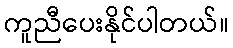
ကူညီပေးနိုင်ပါတယ်။